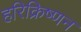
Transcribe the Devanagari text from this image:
हरिक्रिष्णन